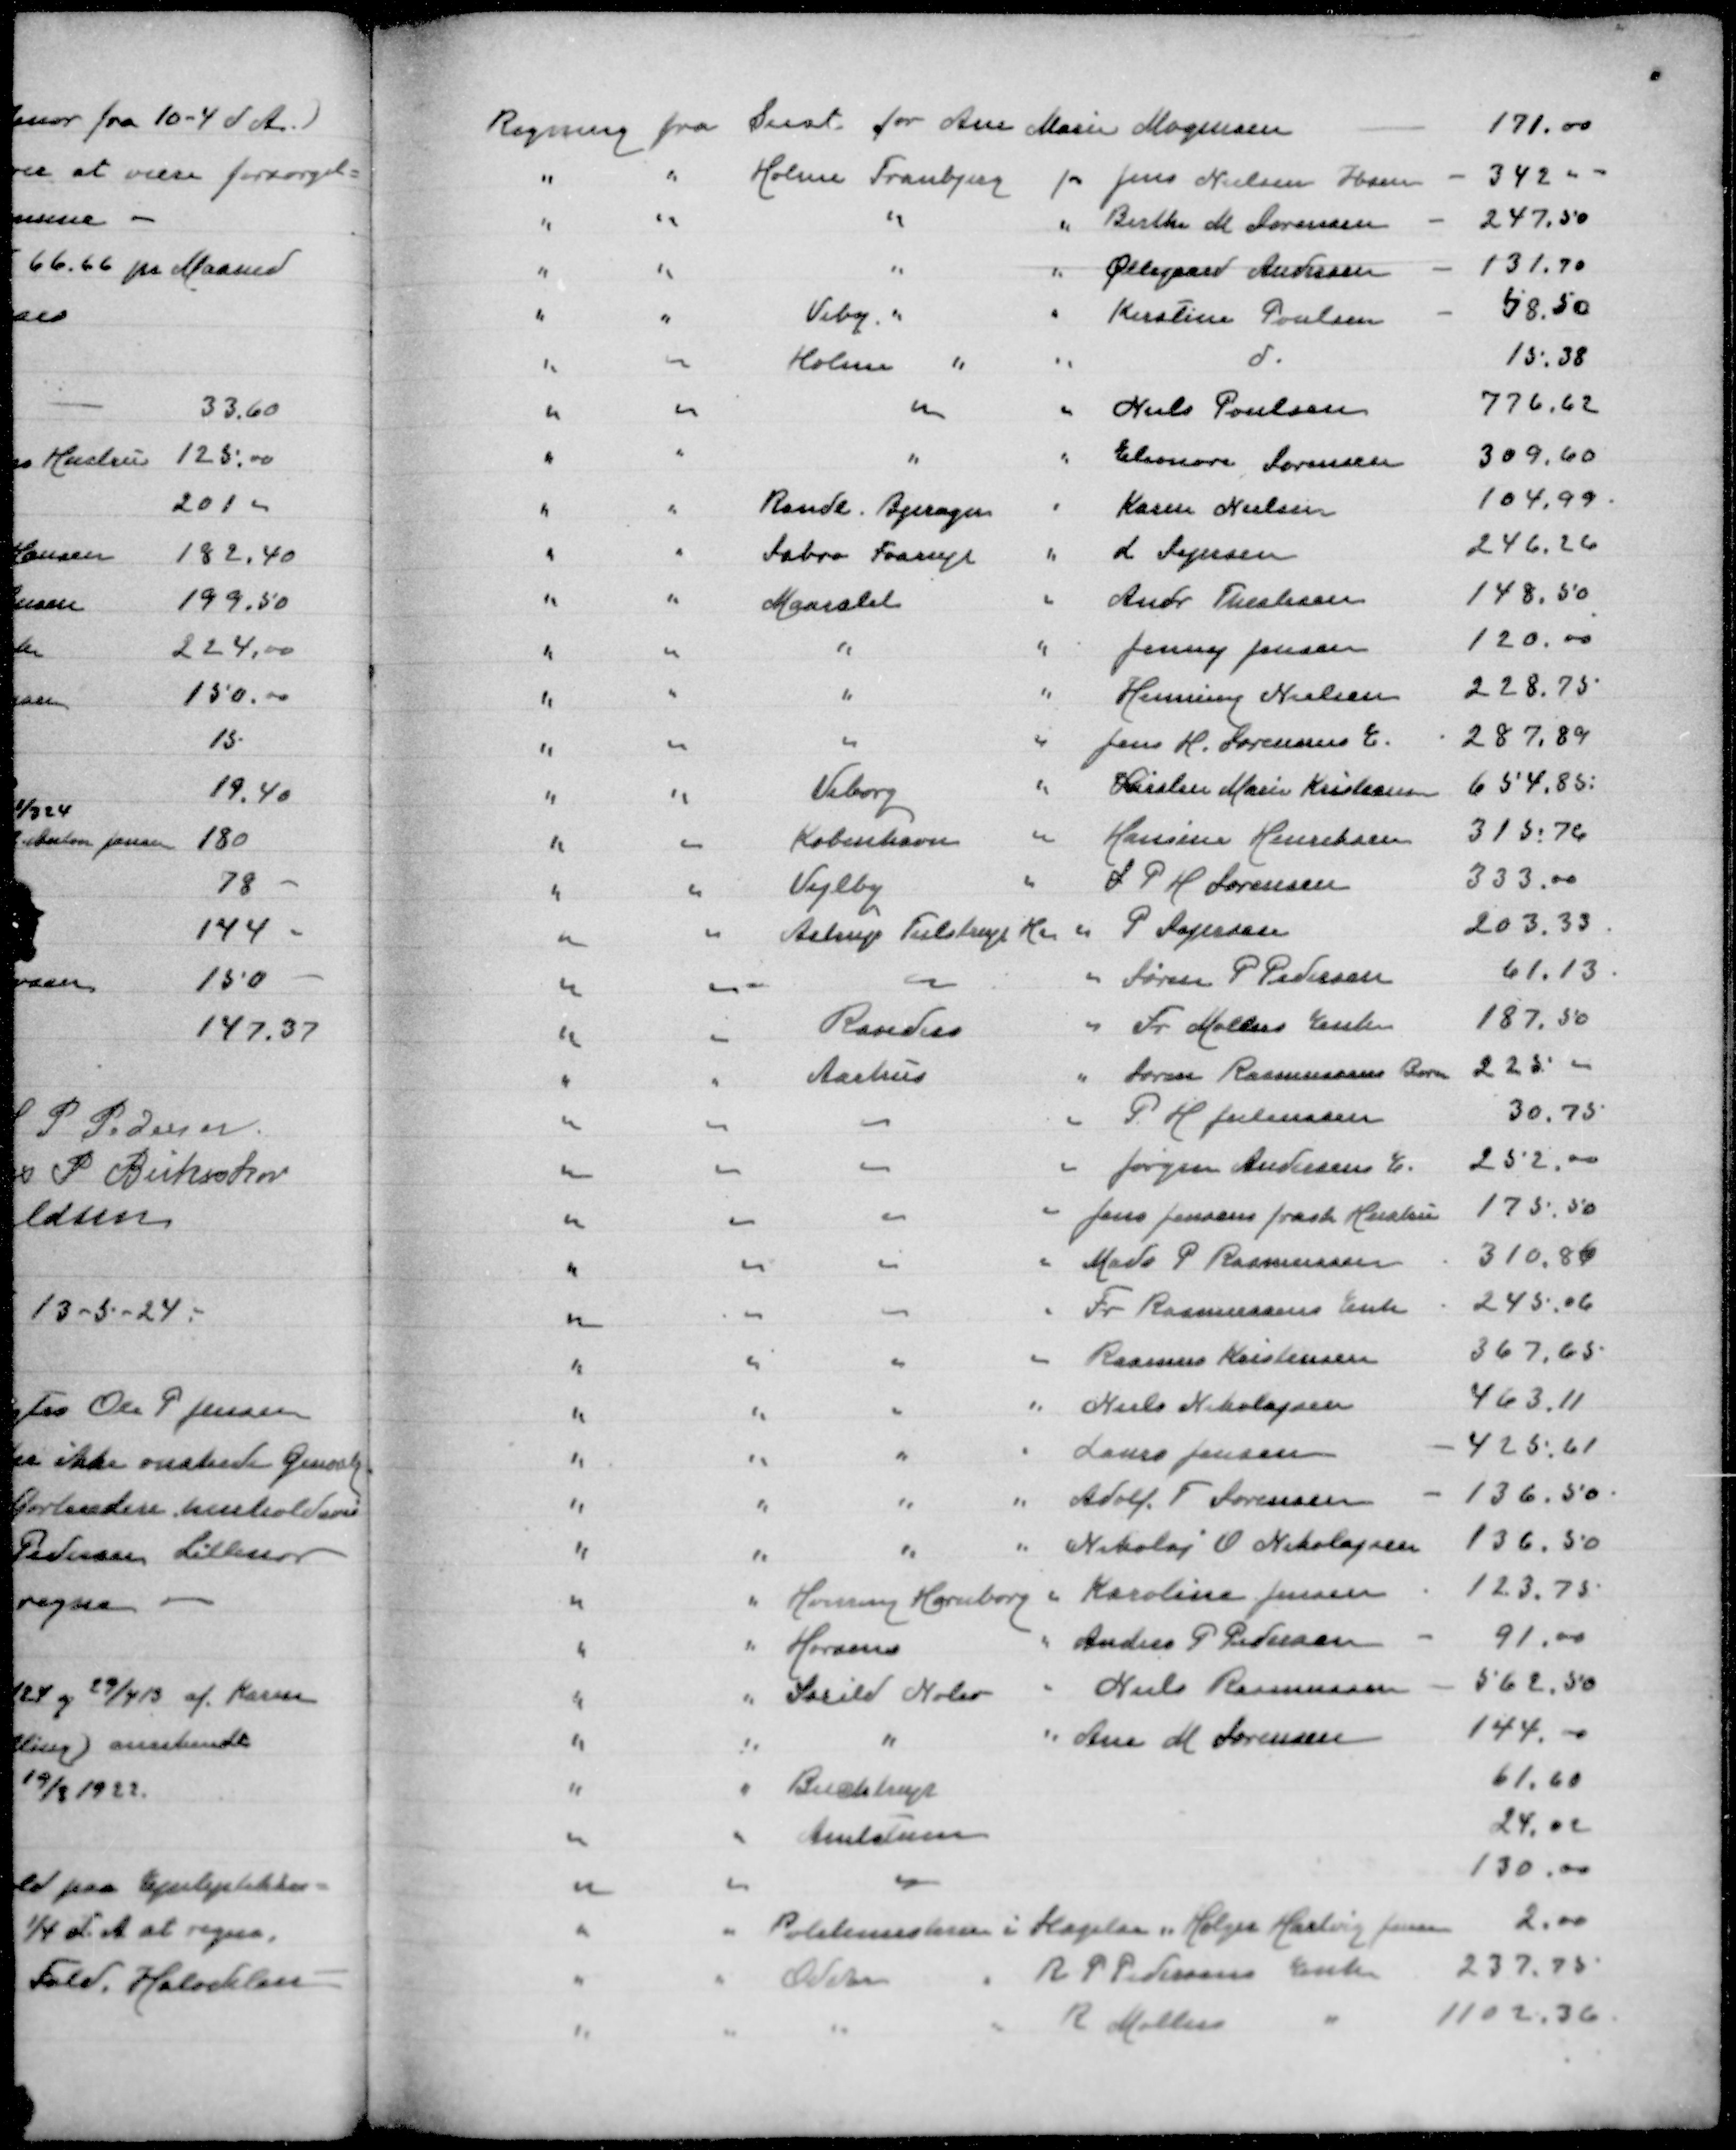
Transskription:
Regning fra Seest for Ane Marie Mogensen
171,00
" " Holme Tranbjerg for Jens Nielsen Ibsen
342,00
" " " " Birthe M Sørensen
247,50
" " " " Øllegaard Andersen
131.70
" " Viby " " Kirstine Poulsen
58,50
" " Holme " " d
15,38
" " " " Niels Poulsen
776,62
" " " " Eleonora Sørensen
309,60
" " Rønde Bjerager " Karen Nielsen
104,99
" " Sabro Faarup " L Sejersen
246,26
" " Maarslet " Andr Thulesen
148,50
" " " " Jenny Jensen
120,00
" " " " Henning Nielsen
228,75
" " " " Jens H Sørensens E.
287,89
" " Viborg " Kirsten Marie Kristensen
654,85
" " København " Hansine Henriksen
315,76
" " Vejlby " S P H Sørensen
333,00
" " Astrup Tulstrup H " P Sejersen
203,33
" " " " Søren P Pedersen
61,13
" " Randers " Fr Møllers Enke
187,50
" " Aarhus " Søren Rasmussens Børn
225,00
" " " " P H Jochumsen
30,75
" " " " Jørgen Andersens E.
252,00
" " " " Jens Jensens frask Hustru
175,50
" " " " Mads P Rasmussen
310,86
" " " " Fr Rasmussen Enke
245,06
" " " " Rasmus Kristensen
367,65
" " " " Niels Nikolajsen
463,11
" " " " Laurs Jensen
425,61
" " " " Adolf T Sørensen
136,50
" " " "Nikolaj O Nikolajsen
136,50
" " Hvirring Hornborg " Karoline Jensen
123,75
" " Horsens " Anders P Pedersen
91,00
" " Saxild Nølev " Niels Rasmussen
562,50
" " " " Ane M Sørensen
144,00
" " Buchtrup
61,60
" " Amtstuen
24,00
" " "
130,00
" " Politimesteren i Slagelse " Holger Hartvig Jensen
2,00
" " Odder " R P Pedersens Enke
237,75
" " " " R Møllers "
1102,36